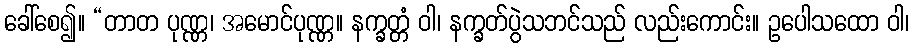
ခေါ်စေ၍။ “တာတ ပုဏ္ဏ၊ အမောင်ပုဏ္ဏ။ နက္ခတ္တံ ဝါ၊ နက္ခတ်ပွဲသဘင်သည် လည်းကောင်း။ ဥပေါသထော ဝါ၊